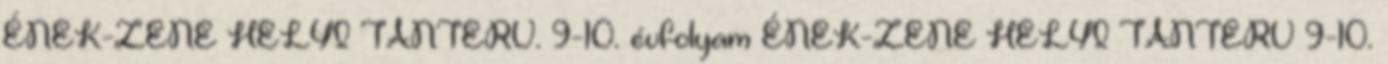
ÉNEK-ZENE HELYI TANTERV. 9-10. évfolyam ÉNEK-ZENE HELYI TANTERV 9-10.